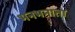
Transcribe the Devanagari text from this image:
भनभनाता